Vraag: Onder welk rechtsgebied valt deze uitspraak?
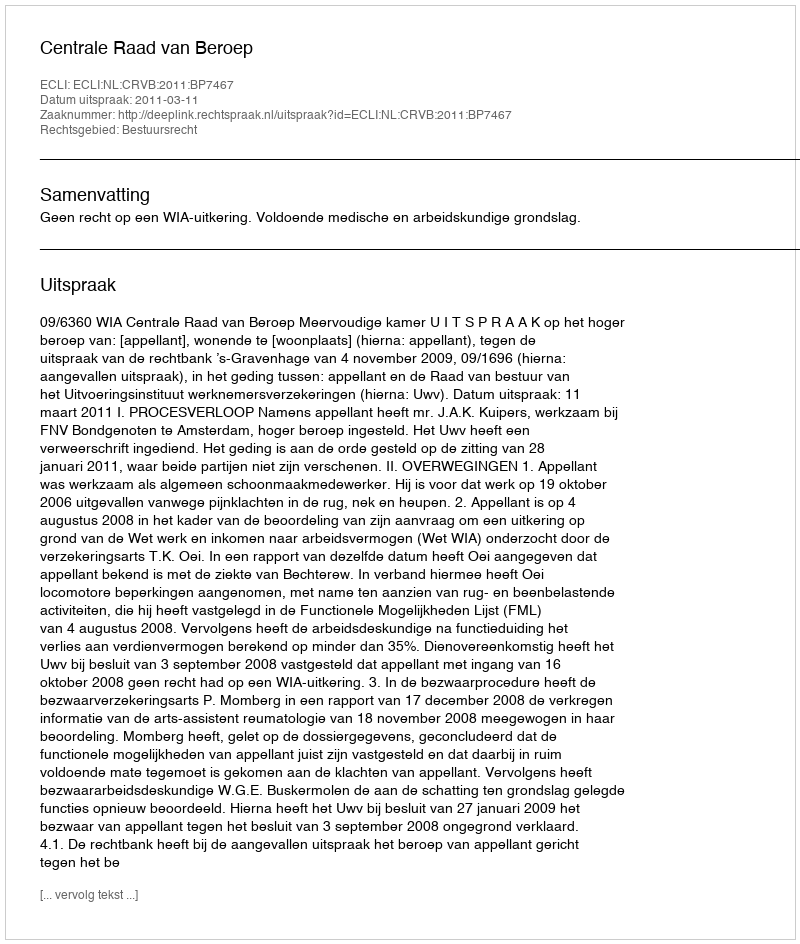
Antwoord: Bestuursrecht